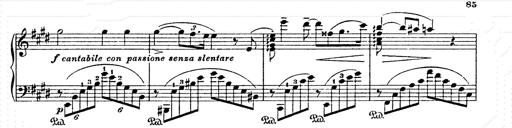
Title: AnnÃ©es de pÃ¨lerinage II
Composer: Franz Liszt